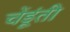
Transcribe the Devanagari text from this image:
चेंडूंती